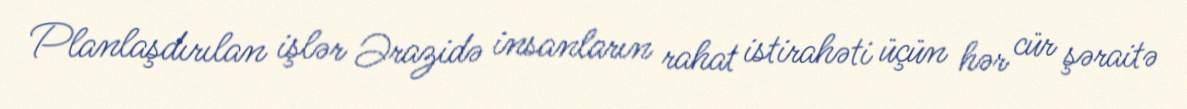
Planlaşdırılan işlər Ərazidə insanların rahat istirahəti üçün hər cür şəraitə